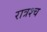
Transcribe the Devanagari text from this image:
रात्रश्च